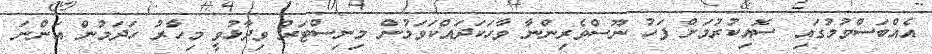
އެއްބަސްވުމުގައި ސޮއިކުރުމަށް ފަހު ނޫސްވެރިންނާ ވާހަކަދައްކަވަމުން މިނިސްޓަރު ވިދާޅުވީ މިހާރު ހަދަމުން އަންނަ